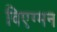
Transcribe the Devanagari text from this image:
विएग्मन